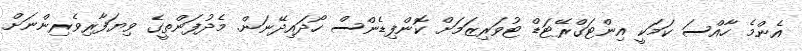
އެންމެ ހާއްސަ ކަމަކީ އިންޓަގްރޭޓަޑް ޓުވަރިޒަމަށް ކޮންފިޑެންސް ހޯދައިދޭނަން. މެދުފަންތީގެ ވިޔަފާރިވެރިންނަށް